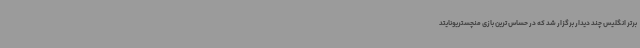
برتر انگلیس چند دیدار برگزار شد که در حساس ترین بازی منچستریونایتد